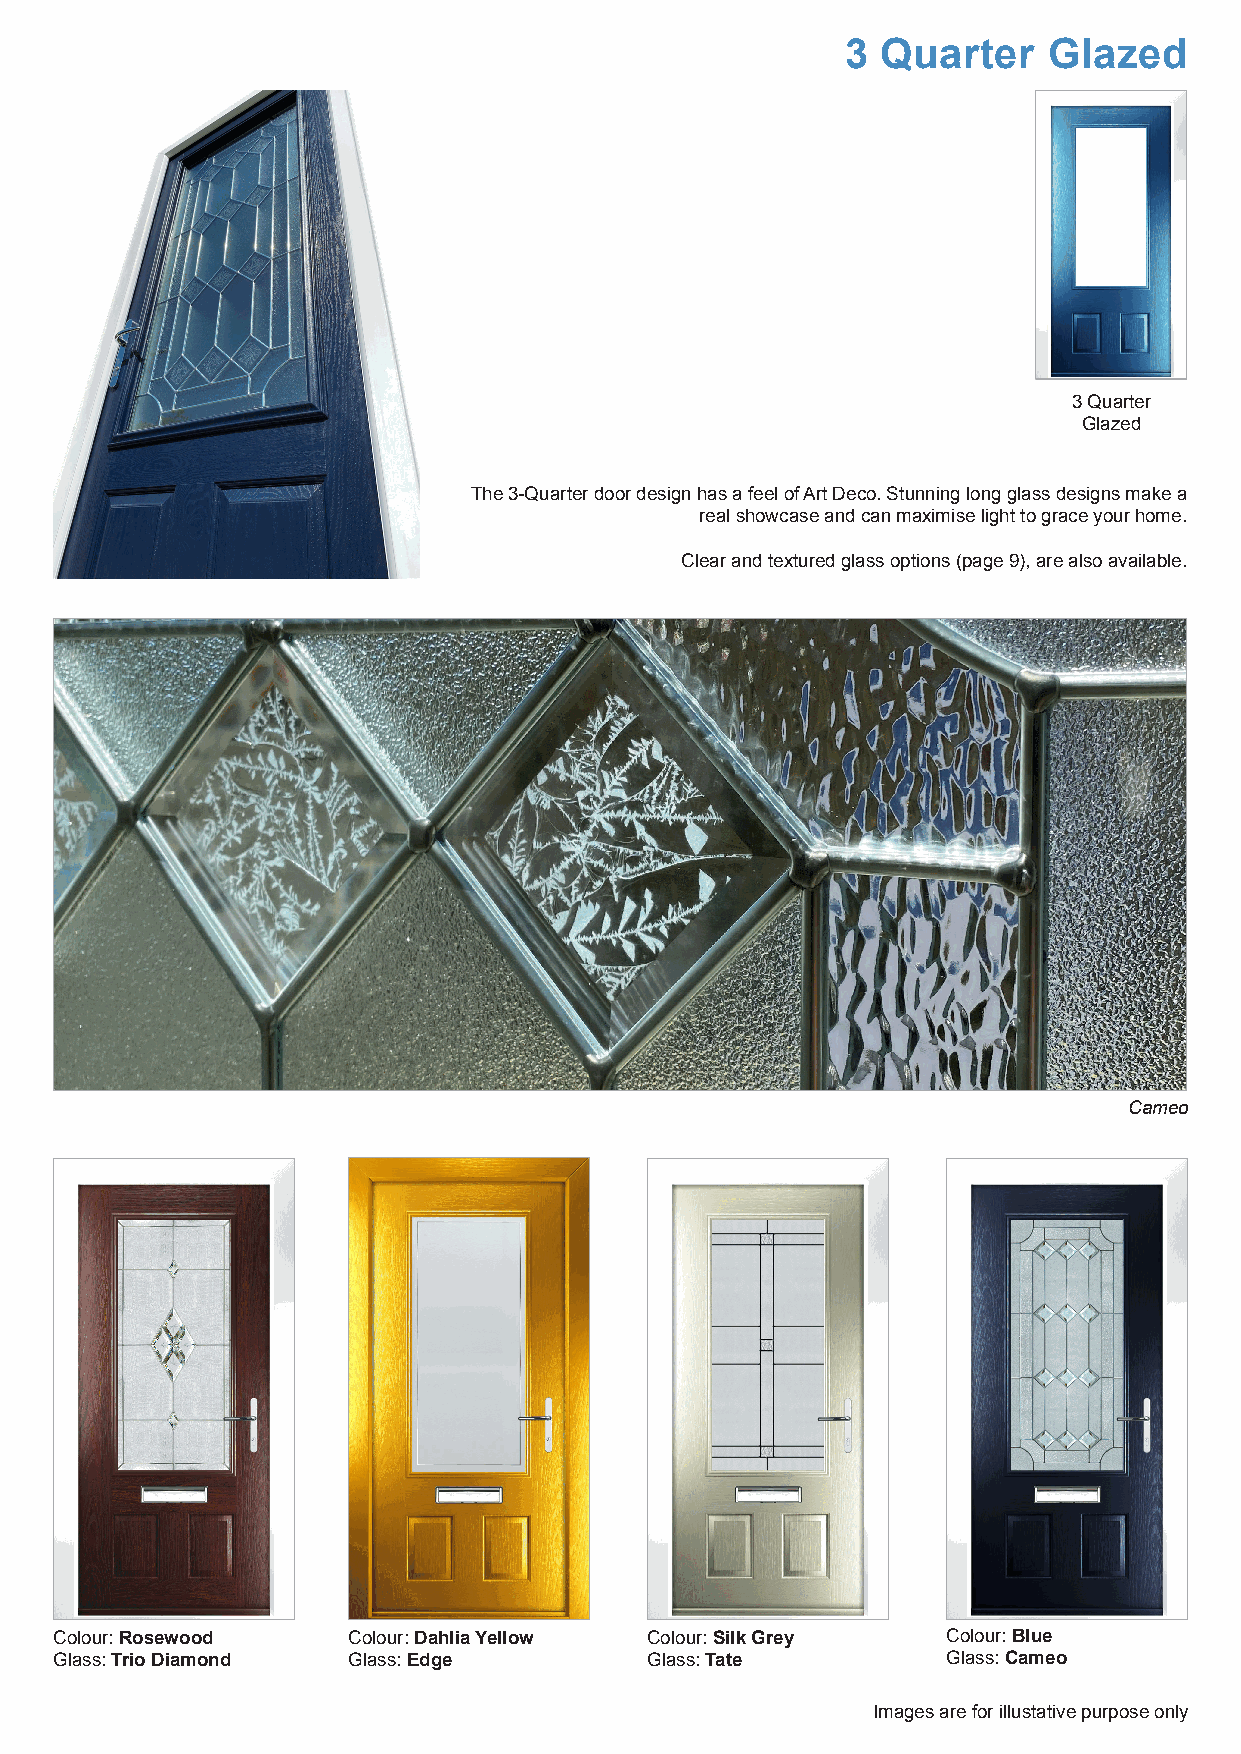
3 Quarter    Glazed
 3 Quarter
 Glazed
 The 3-Quarter door design has a feel of Art Deco. Stunning long glass designs make a
 real showcase and can maximise light to grace your home.
 Clear and textured glass options (page 9), are also available.
 Cameo
 Colour: Rosewood   Colour: Dahlia Yellow Colour: Silk Grey Colour: Blue
 Glass: Trio Diamond Glass: Edge        Glass: Tate         Glass: Cameo
 Images are for illustative purpose only